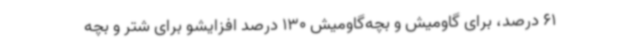
61 درصد، برای گاومیش و بچه‌گاومیش 130 درصد افزایشو برای شتر و بچه